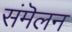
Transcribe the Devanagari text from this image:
संमॆलन